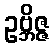
ဥဗ္ဘိဇ္ဇ